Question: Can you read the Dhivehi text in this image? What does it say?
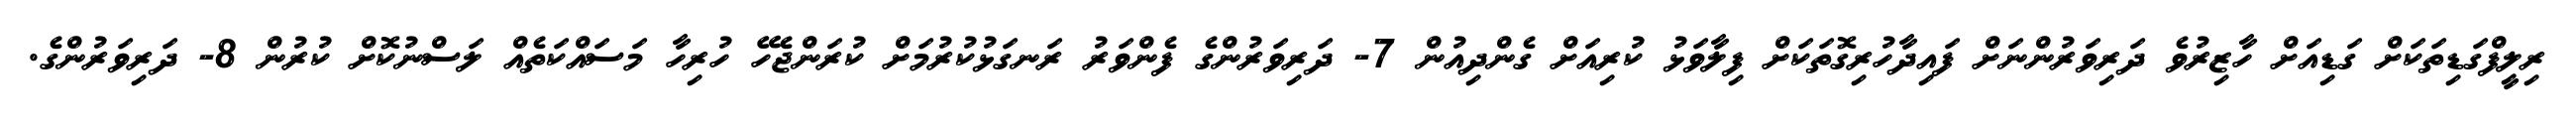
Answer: ރިލީފްގަޑިތަކަށް ގަޑިއަށް ހާޒިރުވެ ދަރިވަރުންނަށް ފައިދާހުރިގޮތަކަށް ފިލާވަޅު ކުރިއަށް ގެންދިއުން 7- ދަރިވަރުންގެ ފެންވަރު ރަނގަޅުކުރުމަށް ކުރަންޖެހޭ ހުރިހާ މަސައްކަތެއް ލަސްނުކޮށް ކުރުން 8- ދަރިވަރުންގެ.